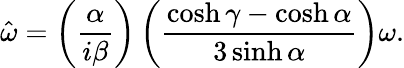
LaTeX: \hat{\omega}=\left(\frac{\alpha}{i\beta}\right)\left(\frac{\cosh\gamma-\cosh\alpha}{3\sinh\alpha}\right)\omega.